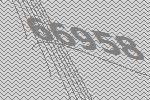
66958